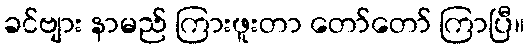
ခင်ဗျား နာမည် ကြားဖူးတာ တော်တော် ကြာပြီ။